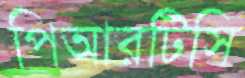
পিআরটিসি